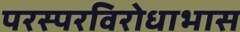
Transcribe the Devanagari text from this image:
परस्परविरोधाभास